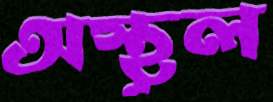
অস্থূল